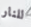
للنار